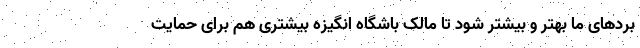
بردهای ما بهتر و بیشتر شود تا مالک باشگاه انگیزه بیشتری هم برای حمایت